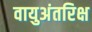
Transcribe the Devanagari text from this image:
वायुअंतरिक्ष